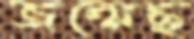
জন্মেছ